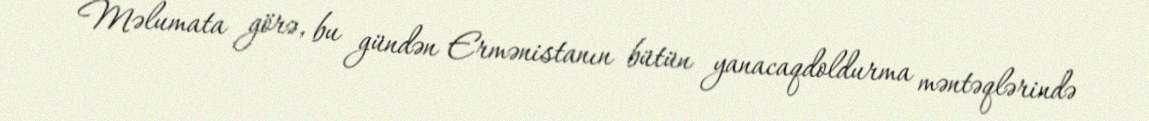
Məlumata görə, bu gündən Ermənistanın bütün yanacaqdoldurma məntəqlərində